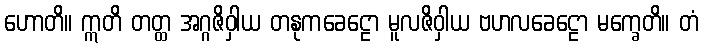
ဟောတိ။ ဣတိ တတ္ထ အဂ္ဂဇိဝှါယ တနုကခေဠော မူလဇိဝှါယ ဗဟလခေဠော မက္ခေတိ။ တံ